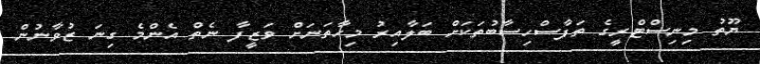
ޔޫތު މިނިސްޓްރީގެ ތަފާސްހިސާބުތަކަށް ބަލާއިރު މިހާތަނަށް ވަޒީފާ ނެތް އެންމެ ގިނަ ޒުވާނުން